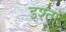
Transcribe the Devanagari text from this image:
इश्तां